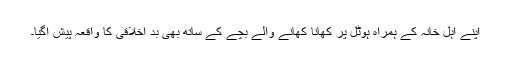
اپنے اہل خانہ کے ہمراہ ہوٹل پر کھانا کھانے والے بچے کے ساتھ بھی بد اخلاقی کا واقعہ پیش آگیا۔